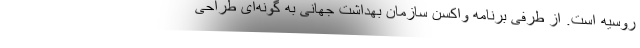
روسیه است. از طرفی برنامه واکسن سازمان بهداشت جهانی به گونه‌ای طراحی